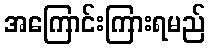
အကြောင်းကြားရမည်